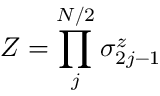
Z = \prod _ { j } ^ { N / 2 } \sigma _ { 2 j - 1 } ^ { z }